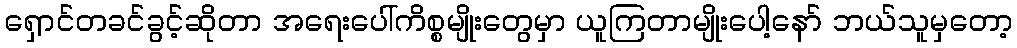
ရှောင်တခင်ခွင့်ဆိုတာ အရေးပေါ်ကိစ္စမျိုးတွေမှာ ယူကြတာမျိုးပေါ့နော် ဘယ်သူမှတော့